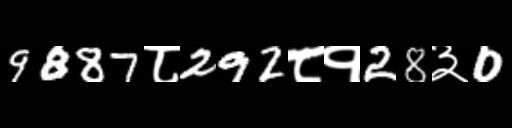
Text: 9887८292८१28३0